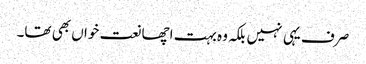
صرف یہی نہیں بلکہ وہ بہت اچھا نعت خواں بھی تھا۔